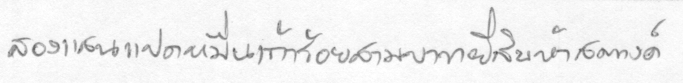
สองแสนแปดหมื่นเก้าร้อยสามบาทยี่สิบห้าสตางค์